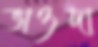
ভাওদা